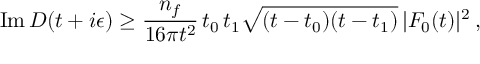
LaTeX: \mathrm { I m } \, D ( t + i \epsilon ) \ge { \frac { n _ { f } } { 1 6 \pi t ^ { 2 } } } \, t _ { 0 } \, t _ { 1 } \sqrt { ( t - t _ { 0 } ) ( t - t _ { 1 } ) } \, | F _ { 0 } ( t ) | ^ { 2 } \, ,